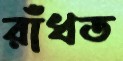
রাঁধত